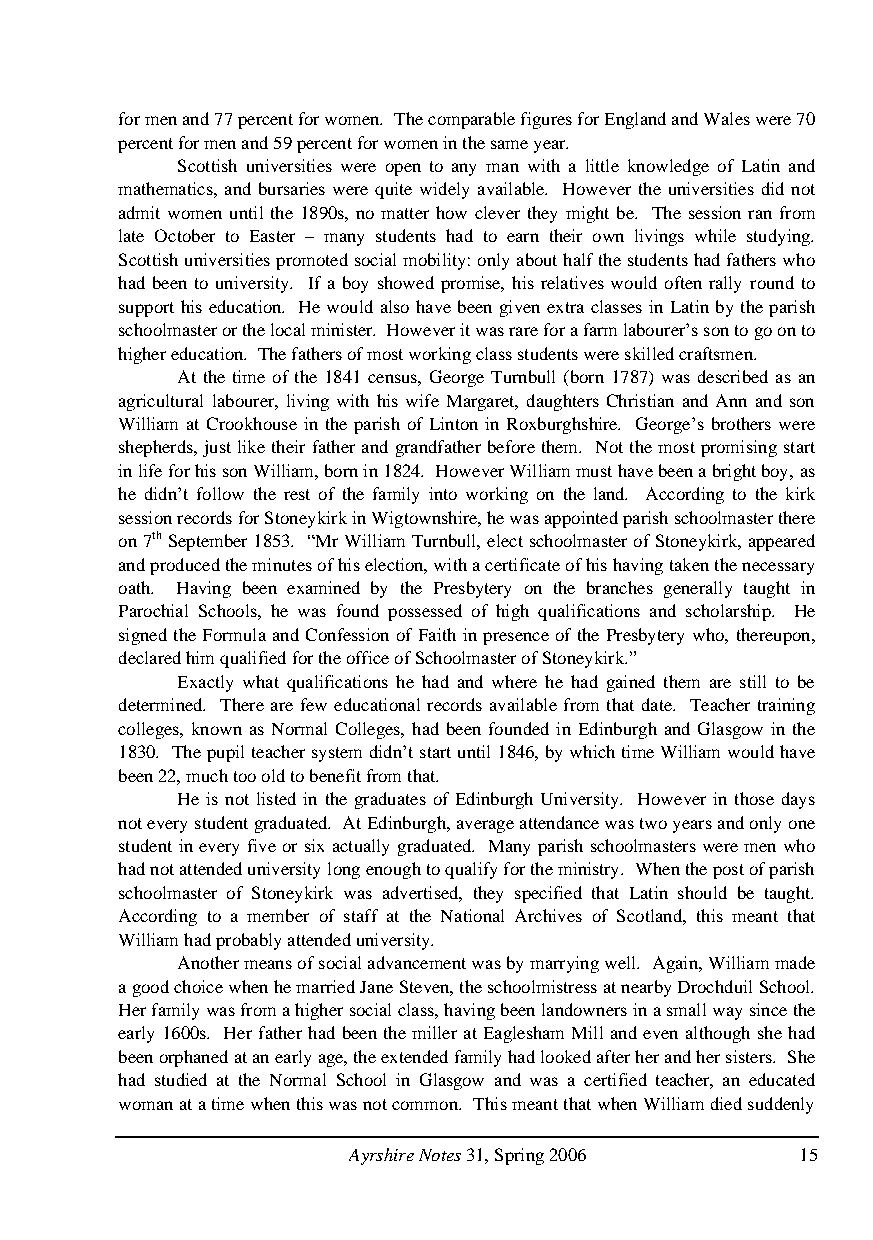
for men and 77 percent for women. The comparable figures for England and Wales were 70
 percent for men and 59 percent for women in the same year.
 Scottish universities were open to any man with a little knowledge of Latin and
 mathematics, and bursaries were quite widely available. However the universities did not
 admit women until the 1890s, no matter how clever they might be. The session ran from
 late October to Easter – many students had to earn their own livings while studying.
 Scottish universities promoted social mobility: only about half the students had fathers who
 had been to university. If a boy showed promise, his relatives would often rally round to
 support his education. He would also have been given extra classes in Latin by the parish
 schoolmaster or the local minister. However it was rare for a farm labourer’s son to go on to
 higher education. The fathers of most working class students were skilled craftsmen.
 At the time of the 1841 census, George Turnbull (born 1787) was described as an
 agricultural labourer, living with his wife Margaret, daughters Christian and Ann and son
 William at Crookhouse in the parish of Linton in Roxburghshire. George’s brothers were
 shepherds, just like their father and grandfather before them. Not the most promising start
 in life for his son William, born in 1824. However William must have been a bright boy, as
 he didn’t follow the rest of the family into working on the land. According to the kirk
 session records for Stoneykirk in Wigtownshire, he was appointed parish schoolmaster there
 on 7th September 1853. “Mr William Turnbull, elect schoolmaster of Stoneykirk, appeared
 and produced the minutes of his election, with a certificate of his having taken the necessary
 oath. Having been examined by the Presbytery on the branches generally taught in
 Parochial Schools, he was found possessed of high qualifications and scholarship. He
 signed the Formula and Confession of Faith in presence of the Presbytery who, thereupon,
 declared him qualified for the office of Schoolmaster of Stoneykirk.”
 Exactly what qualifications he had and where he had gained them are still to be
 determined. There are few educational records available from that date. Teacher training
 colleges, known as Normal Colleges, had been founded in Edinburgh and Glasgow in the
 1830. The pupil teacher system didn’t start until 1846, by which time William would have
 been 22, much too old to benefit from that.
 He is not listed in the graduates of Edinburgh University. However in those days
 not every student graduated. At Edinburgh, average attendance was two years and only one
 student in every five or six actually graduated. Many parish schoolmasters were men who
 had not attended university long enough to qualify for the ministry. When the post of parish
 schoolmaster of Stoneykirk was advertised, they specified that Latin should be taught.
 According to a member of staff at the National Archives of Scotland, this meant that
 William had probably attended university.
 Another means of social advancement was by marrying well. Again, William made
 a good choice when he married Jane Steven, the schoolmistress at nearby Drochduil School.
 Her family was from a higher social class, having been landowners in a small way since the
 early 1600s. Her father had been the miller at Eaglesham Mill and even although she had
 been orphaned at an early age, the extended family had looked after her and her sisters. She
 had studied at the Normal School in Glasgow and was a certified teacher, an educated
 woman at a time when this was not common. This meant that when William died suddenly
 Ayrshire Notes 31, Spring 2006 15